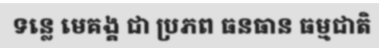
ទន្លេ មេគង្គ ជា ប្រភព ធនធាន ធម្មជាតិ